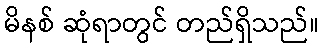
မိနစ် ဆုံရာတွင် တည်ရှိသည်။